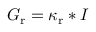
G _ { \mathrm { r } } = \kappa _ { \mathrm { r } } * I